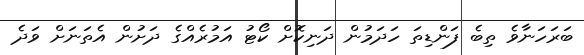
ބަރަހަނާވެ ތިބެ ފަންޑިތަ ހަދަމުން ދަނިކޮށް ކޯޓު އަމުރެއްގެ ދަށުން އެތަނަށް ވަދެ